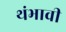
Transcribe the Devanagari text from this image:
थंभावी